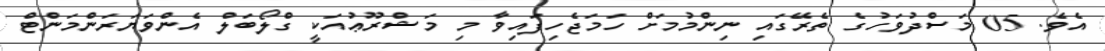
އެވެ. 05 މަސްދުވަހުގެ ތެރޭގައި ނިންމުމަށް ހަމަޖެހިފައިވާ މި މަޝްރޫޢުއަކީ ގްލޯބަލް އެންވަޔަރަންމަންޓް